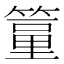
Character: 𥲔